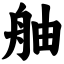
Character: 舳